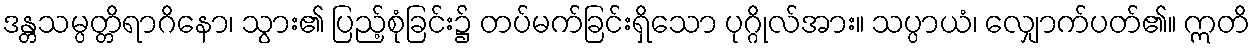
ဒန္တသမ္ပတ္တိရာဂိနော၊ သွား၏ ပြည့်စုံခြင်း၌ တပ်မက်ခြင်းရှိသော ပုဂ္ဂိုလ်အား။ သပ္ပာယံ၊ လျှောက်ပတ်၏။ ဣတိ